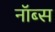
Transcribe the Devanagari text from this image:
नॉब्स